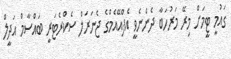
ގައުމީ ޓީމަށް މިރޭ މަރުހަބާ ދެންނެވީ އެފްއޭއެމްގެ ޖެނަރަލް ސެކްރެޓަރީ ބައްސާމް އަދީލް